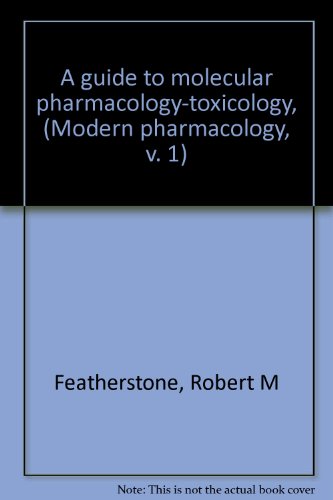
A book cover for A guide to molecular pharmacology-toxicology, (Modern pharmacology, v. 1); Robert M Featherstone; Medical Books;